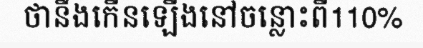
ថានឹងកើនឡើងនៅចន្លោះពី110%